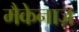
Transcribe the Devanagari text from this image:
मैकेनाज़